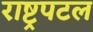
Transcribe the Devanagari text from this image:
राष्ट्रपटल